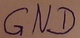
Text: GND